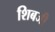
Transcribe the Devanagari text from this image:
शिबजी